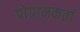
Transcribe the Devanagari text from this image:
प्रोग्रामकर्ता